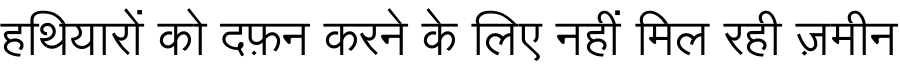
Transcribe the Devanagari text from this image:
हथियारों को दफ़न करने के लिए नहीं मिल रही ज़मीन